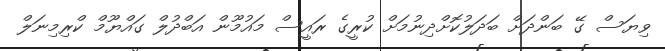
ވިޔަސް ގޭ ބަންދަށް ބަދަލުކޮށްދިނުމަށް ކުރީގެ ރައީސް މައުމޫން އަބްދުލް ގައްޔޫމް ކްރިމިނަލް